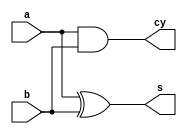
`timescale 1ns / 1ps

module halfadder (input a,b, output s,cy);
xor xor_1(s,a,b);
and and_1(cy,a,b);
endmodule

module fulladder(input a,b,c,output s,cy);
halfadder ha1(a,b,w1,w2);
halfadder ha2(w1,c,s,w3);
or or_1(cy,w2,w3);
endmodule

module rip_adder(input [3:0] a,b,output [3:0] s,output cout);
wire [3:0] w;
assign w[0]=0;
fulladder fa1(a[0],b[0],w[0],s[0],w[1]);
fulladder fa2(a[1],b[1],w[1],s[1],w[2]);
fulladder fa3(a[2],b[2],w[2],s[2],w[3]);
fulladder fa4(a[3],b[3],w[3],s[3],cout);  
endmodule